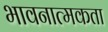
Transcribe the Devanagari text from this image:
भावनात्मकता